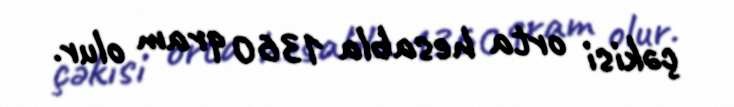
çəkisi orta hesabla 1360 qram olur.